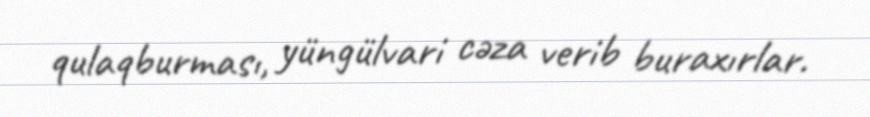
qulaqburması, yüngülvari cəza verib buraxırlar.